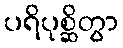
ပရိပုစ္ဆိတွာ